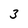
Character: 3